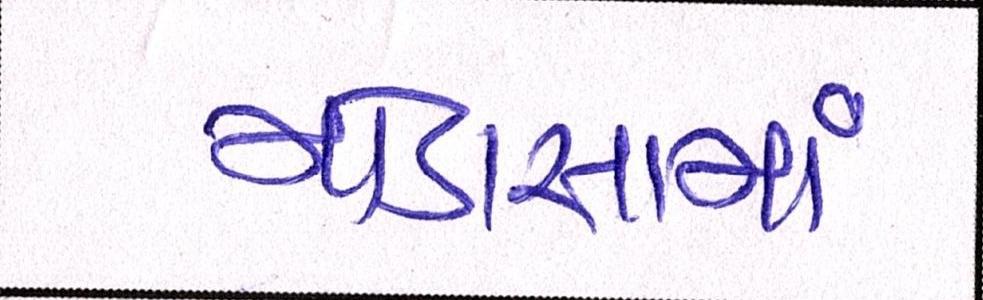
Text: મોડાસામાં